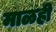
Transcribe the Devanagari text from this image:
माळही